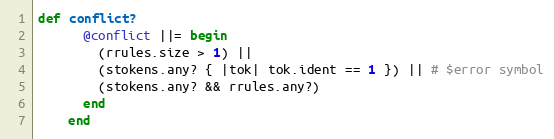
Language: Ruby
def conflict?
      @conflict ||= begin
        (rrules.size > 1) ||
        (stokens.any? { |tok| tok.ident == 1 }) || # $error symbol
        (stokens.any? && rrules.any?)
      end
    end